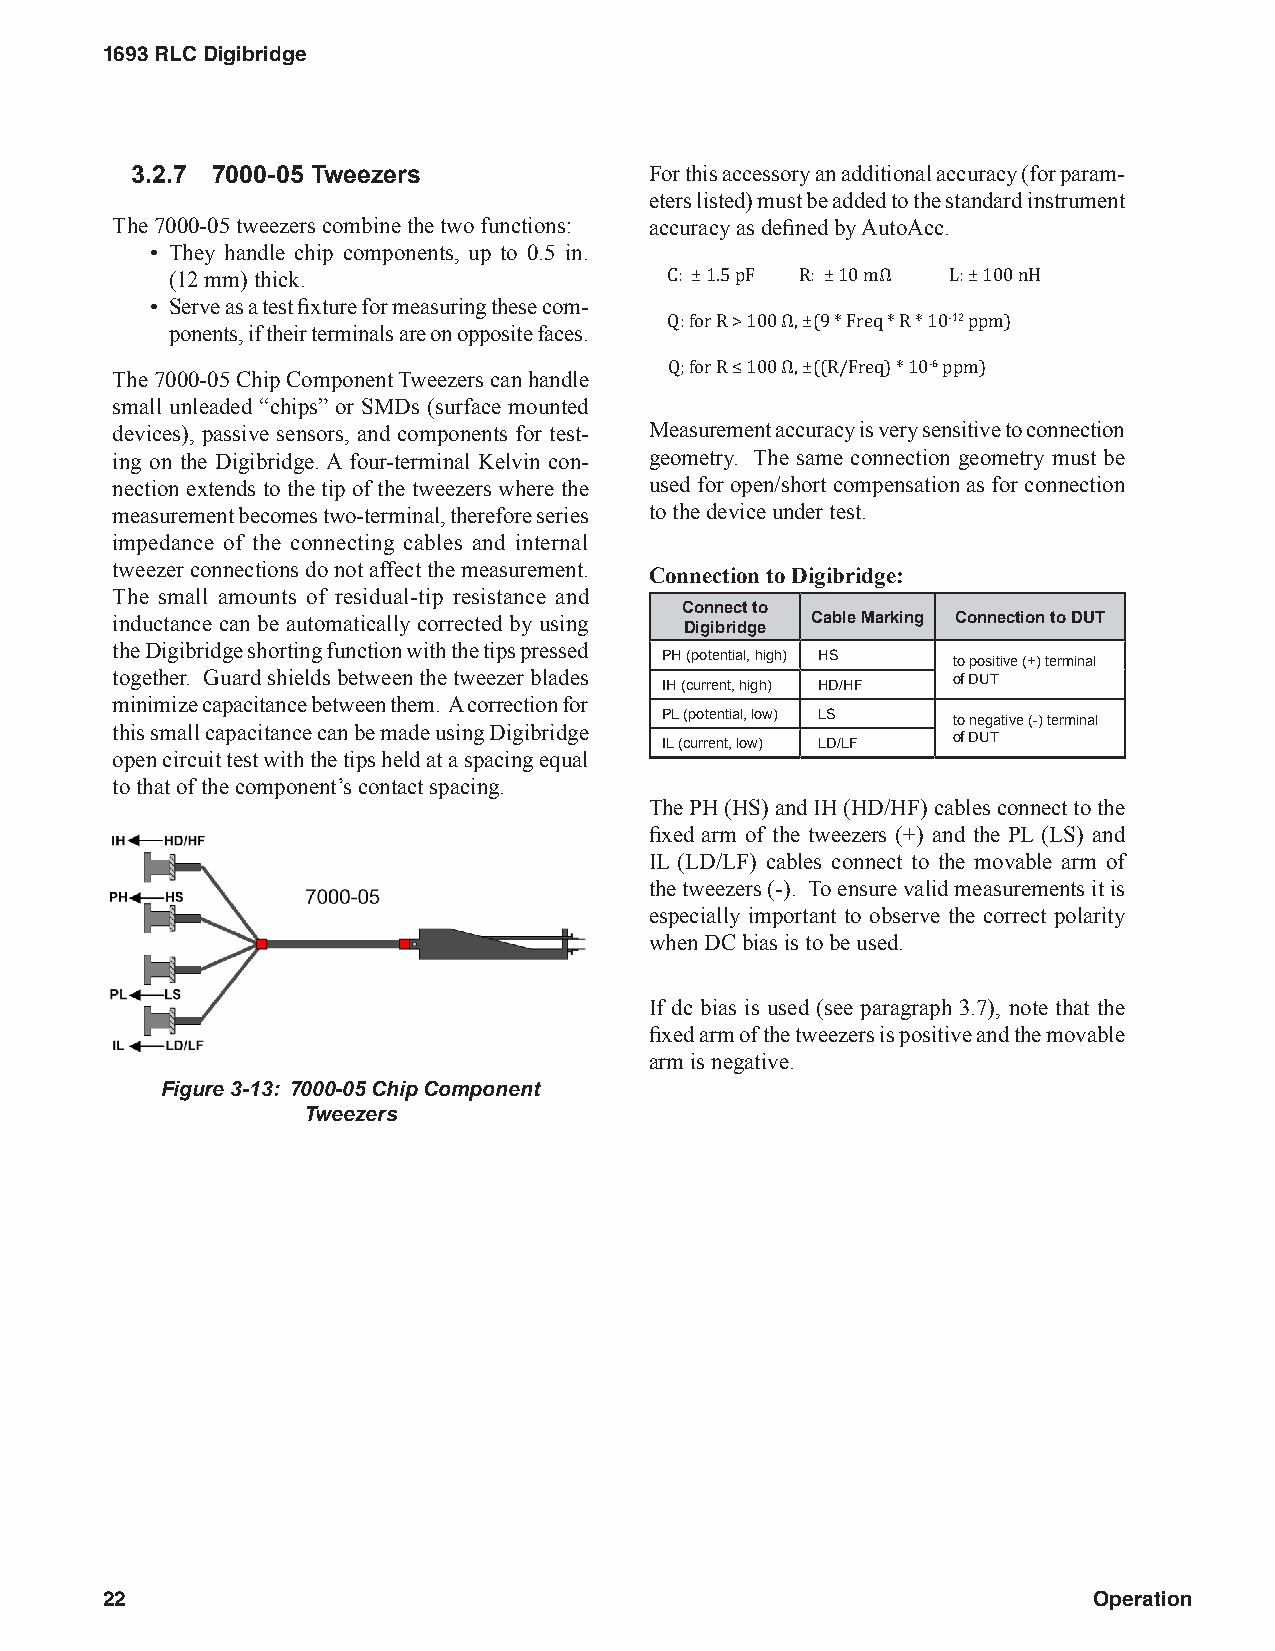
1693 RLC Digibridge
 3.2.7 7000-05 Tweezers            For this accessory an additional accuracy (for param-
 eters listed) must be added to the standard instrument
 The 7000-05 tweezers combine the two functions: accuracy as defined by AutoAcc.
 • They handle chip components, up to 0.5 in.
 (12 mm) thick.
 • Serve as a test fixture for measuring these com-
 C: ± 1.5 pF R: ± 10 mΩ L: ± 100 nH
 ponents, if their terminals are on opposite faces.
 -12
 Q: for R > 100 Ω, ±(9 * Freq * R * 10 ppm)
 The 7000-05 Chip Component Tweezers can handle
 -6
 small unleaded “chips” or SMDs (surface mounted Q; for R ≤ 100 Ω, ±((R/Freq) * 10 ppm)
 devices), passive sensors, and components for test- Measurement accuracy is very sensitive to connection
 ing on the Digibridge. A four-terminal Kelvin con- geometry. The same connection geometry must be
 nection extends to the tip of the tweezers where the used for open/short compensation as for connection
 measurement becomes two-terminal, therefore series to the device under test.
 impedance of the connecting cables and internal
 tweezer connections do not affect the measurement.
 Connection to Digibridge:
 The small amounts of residual-tip resistance and
 Connect to
 inductance can be automatically corrected by using Cable Marking Connection to DUT
 Digibridge
 the Digibridge shorting function with the tips pressed
 PH (potential, high) HS to positive (+) terminal
 together. Guard shields between the tweezer blades IH (current, high) HD/HF of DUT
 minimize capacitance between them. A correction for
 PL (potential, low) LS to negative (-) terminal
 this small capacitance can be made using Digibridge
 IL (current, low) LD/LF of DUT
 open circuit test with the tips held at a spacing equal
 to that of the component’s contact spacing.
 The PH (HS) and IH (HD/HF) cables connect to the
 fixed arm of the tweezers (+) and the PL (LS) and
 IL (LD/LF) cables connect to the movable arm of
 the tweezers (-). To ensure valid measurements it is
 especially important to observe the correct polarity
 when DC bias is to be used.
 If dc bias is used (see paragraph 3.7), note that the
 fixed arm of the tweezers is positive and the movable
 arm is negative.
 Figure 3-13: 7000-05 Chip Component
 Tweezers
 22                                                               Operation